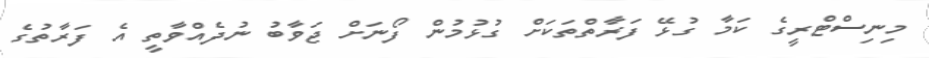
މިނިސްޓްރީގެ ކަމާ ގުޅޭ ފަރާތްތަކަށް ގުޅުމުން ފޯނަށް ޖަވާބު ނުދެއްވާތީ އެ ފަރާތުގެ